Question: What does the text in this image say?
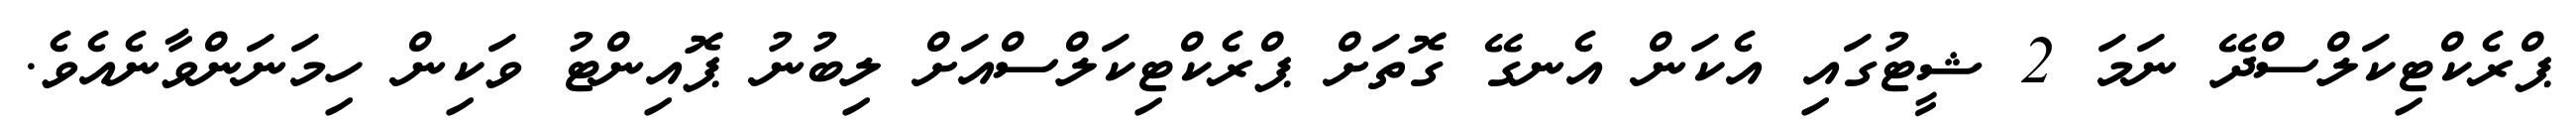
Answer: ޕްރެކްޓިކަލްސްދޭ ނަމަ 2 ޝީޓުގައި އެކަން އެނގޭ ގޮތަށް ޕްރެކްޓިކަލްސްއަށް ލިބުނު ޕޮއިންޓު ވަކިން ހިމަނަންވާނެއެވެ.